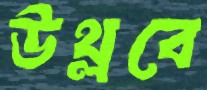
উথ্‌লবে